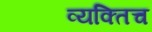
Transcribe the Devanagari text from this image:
व्यक्तिच